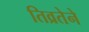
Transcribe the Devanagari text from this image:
तिव्रतेने